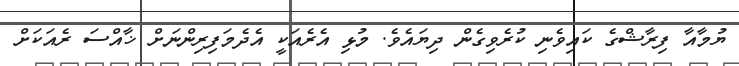
ޔުމާއާ ފިރާޝްގެ ކައިވެނި ކުރެވިގެން ދިޔައެވެ. މުޅި އެރެއަކީ އެދެމަފިރިންނަށް ޚާއްސަ ރެއަކަށް